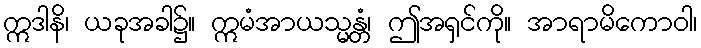
ဣဒါနိ၊ ယခုအခါ၌။ ဣမံအာယသ္မန္တံ၊ ဤအရှင်ကို။ အာရာမိကောဝါ၊